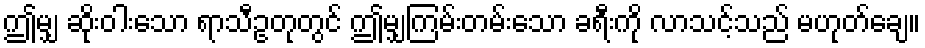
ဤမျှ ဆိုးဝါးသော ရာသီဥတုတွင် ဤမျှကြမ်းတမ်းသော ခရီးကို လာသင့်သည် မဟုတ်ချေ။